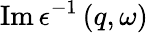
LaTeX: \operatorname{Im}\epsilon^{-1}\left(q,\omega\right)